Annual statistical returns and brief notes on vaccination in Bengal - 1909-1929
Year: 1909
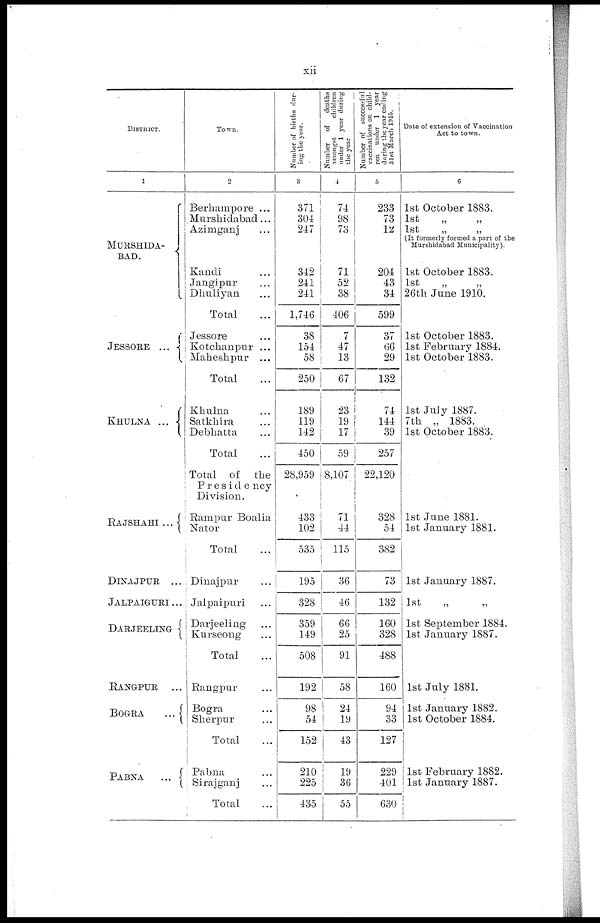
xii
DISTRICT.
1
MURSHIDA¬
BAD.
JESSORE ...
KHULNA ...
RAJSHAHI ...
DINAJPUR ...
JALPAIGURI...
DARJEELING
RANGPUR
...
BOGRA
...
PABNA
...
Town.
2
Berhampore ...
Murshidabad...
Azimganj ...
Kandi ...
Jangipur ...
Dhuliyan ...
Total ...
Jessore ...
Kotchanpur ...
Maheshpur ...
Total ...
Khulna ...
Satkhira ...
Debhatta ...
Total ...
Total of the
Presidency
Division.
Rampur Boalia
Nator ...
Total ...
Dinajpur ...
Jalpaipuri ...
Darjeeling ...
Kurseong ...
Total ...
Rangpur ...
Bogra ...
Sherpur ...
Total
...
Pabna ...
Sirajganj ...
Total
...
Number of births dur-
ing the year.
3
371
304
247
342
241
241
1,746
38
154
58
250
189
119
142
450
28,959
433
102
535
195
328
359
149
508
192
98
54
152
210
225
435
Number of
deaths
amongst
children
under 1 year during
the year
4
74
98
73
71
52
38
406
7
47
13
67
23
19
17
59
8,107
71
44
115
36
46
66
25
91
58
24
19
43
19
36
55
Number of successful
vaccinations on child-
ren under 1 year
during the year ending
31st March 1915.
5
233
73
12
204
43
34
599
37
66
29
132
74
144
39
257
22,120
328
54
382
73
132
160
328
488
160
94
33
127
229
401
630
Date of extension of Vaccination
Act to town.
6
1st October 1883.
1st
„
„
1st
„
„
(It formerly formed a part of the
Murshidabad Municipality).
1st October 1883.
1st
„
„
26th June 1910.
1st October 1883.
1st February 1884.
1st October 1883.
1st July 1887.
7th „ 1883.
1st October 1883.
1st June 1881.
1st January 1881.
1st January 1887.
1st „ „
1st September 1884.
1st January 1887.
1st July 1881.
1st January 1882.
1st October 1884.
1st February 1882.
1st January 1887.